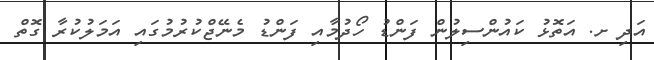
އަދި ށ. އަތޮޅު ކައުންސިލުން ފަންޑު ހޯދުމާއި ފަންޑު މެނޭޖްކުރުމުގައި އަމަލުކުރާ ގޮތް